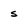
Character: s